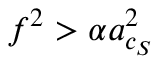
\boldsymbol { f } ^ { 2 } > \alpha \boldsymbol { a } _ { c _ { S } } ^ { 2 }